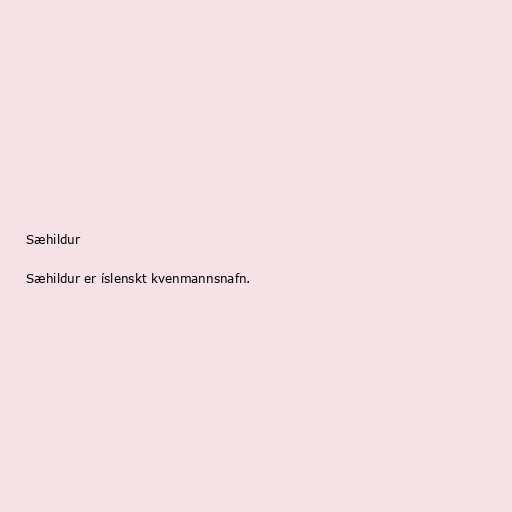
Sæhildur

Sæhildur er íslenskt kvenmannsnafn.